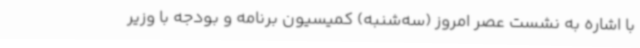
با اشاره به نشست عصر امروز (سه‌شنبه) کمیسیون برنامه و بودجه با وزیر